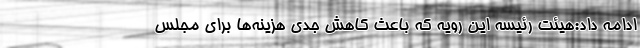
ادامه داد:هیئت رئیسه این رویه که باعث کاهش جدی هزینه‌ها برای مجلس